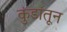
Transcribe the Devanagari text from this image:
कुंडांतून